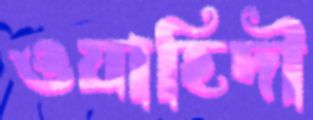
ওয়াহিদী